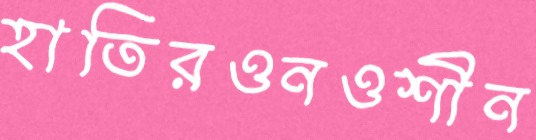
হাতিরওনওশীন